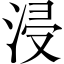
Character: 浸